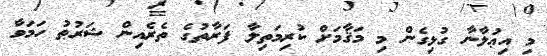
މި އިޢުލާނާ ގުޅިގެން މި މަޤާމަށް ކުރިމަތިލާ ފަރާތުގެ ތެރެއިން ޝަރުޠު ހަމަވާ